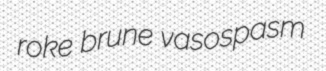
roke brune vasospasm